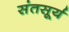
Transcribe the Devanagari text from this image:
संतसूर्य